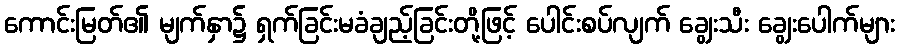
ကောင်းမြတ်၏ မျက်နှာ၌ ရှက်ခြင်းမခံချည့်ခြင်းတို့ဖြင့် ပေါင်းစပ်လျက် ချွေးသီး ချွေးပေါက်များ